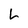
Character: L